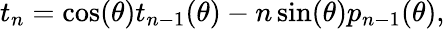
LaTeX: t_{n}=\cos(\theta)t_{n-1}(\theta)-n\sin(\theta)p_{n-1}(\theta),